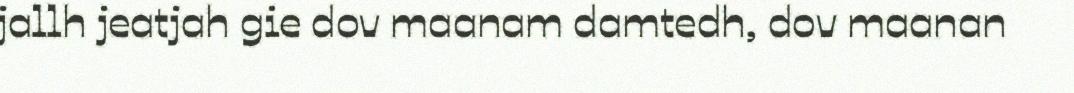
jallh jeatjah gie dov maanam damtedh, dov maanan